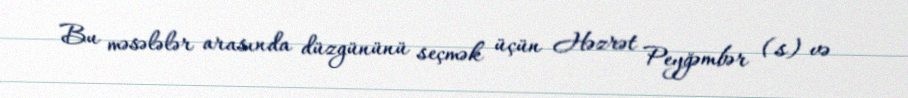
Bu məsələlər arasında düzgününü seçmək üçün Həzrət Peyğəmbər (s) və